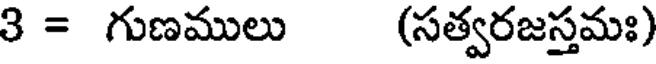
3 = గుణములు (సత్వరజస్తమః)